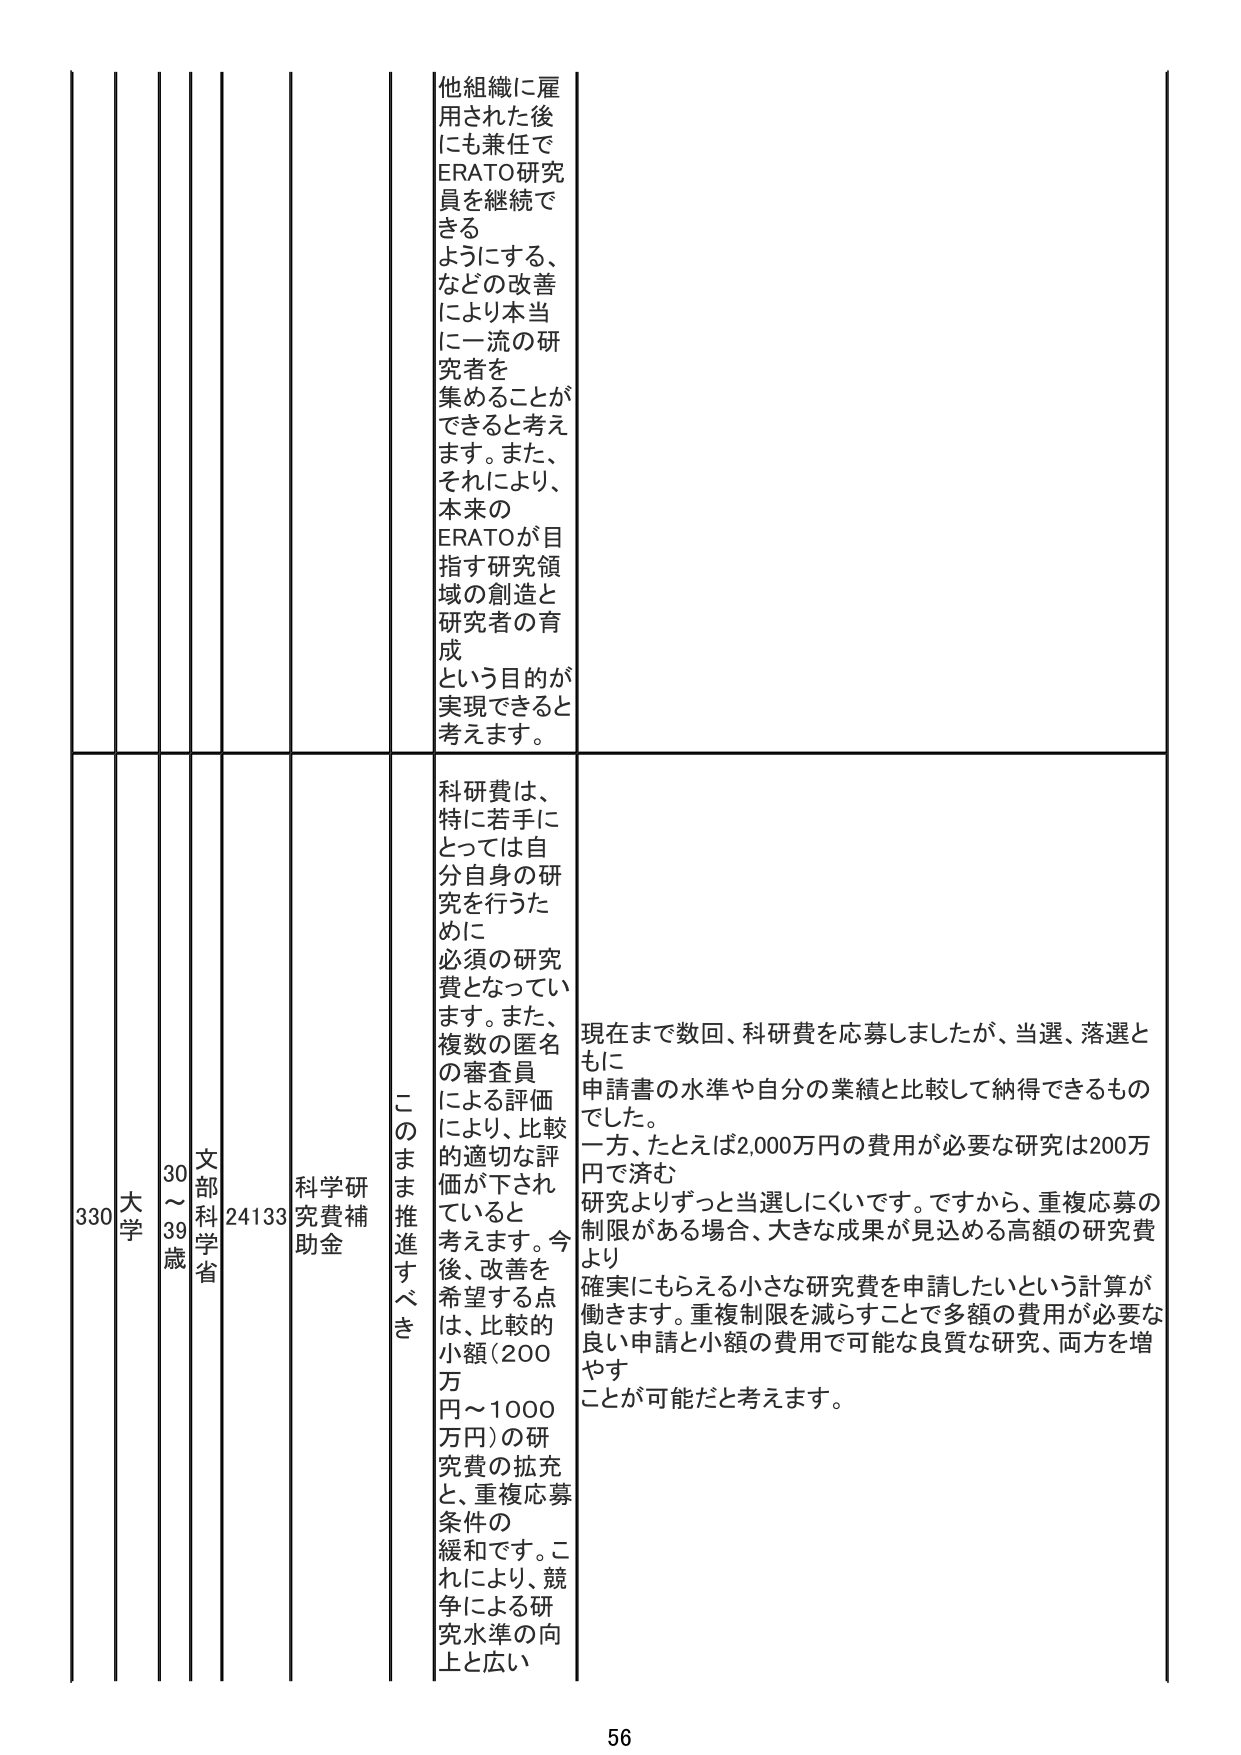
他組織に雇用された後にも兼任でERATO研究員を継続できるようにする、などの改善により本当に一流の研究者を集めることができると思います。また、それにより、本来のERATOが目指す研究領域の創造と研究者の育成という目的が実現できると考えます。

330 大学 30～39歳 文部科学省 24133 科学研究費補助金 このまま推進すべき 科研費は、特に若手にとっては自分自身の研究を行うために必須の研究費となっています。また、複数の匿名の審査員による評価により、比較的適切な評価が下されると考えます。今後、改善を希望する点は、比較的小額（200万円～1000万円）の研究費の拡充と、重複応募条件の緩和です。これにより、競争による研究水準の向上と広い

現在まで数回、科研費を応募しましたが、当選、落選ともに申請書の水準や自分の業績と比較して納得できるものでした。一方、たとえば2,000万円の費用が必要な研究は200万円で済む研究よりずっと当選しにくいです。ですから、重複応募の制限がある場合、大きな成果が見込める高額の研究費より確実にもらえる小さな研究費を申請したいという計算が働きます。重複制限を減らすことで多額の費用が必要な良い申請と小額の費用で可能な良質な研究、両方を増やすことが可能だと考えます。

56